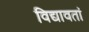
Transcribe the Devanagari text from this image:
विद्यावतां